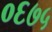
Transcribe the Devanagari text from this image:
०६७५